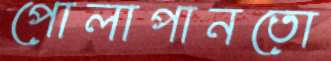
পোলাপানতো